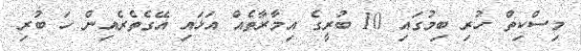
މިސްކިތް ހުރި ބިމުގައި 10 ބުރީގެ އިމާރާތެއް އަޅައި އޭގެތެރެއިން ހަ ބުރި